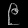
Digit: ၉